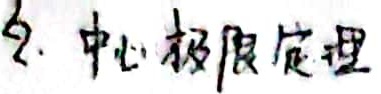
2. 中心极限定理